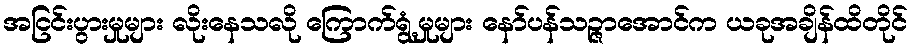
အငြင်းပွားမှုများ လိုးနေသလို ကြောက်ရွံ့မှုများ နော်ပန်သဉ္ဇာအောင်က ယခုအချိန်ထိတိုင်